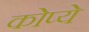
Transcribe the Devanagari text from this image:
कोप्ये